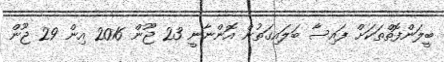
ބީލަންފޮތްތަކަށް ފައިސާ ބަލައިގަތުން އޮންނާނީ 23 ޖޫން 2016 އިން 29 ޖޫން